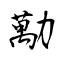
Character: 勱